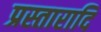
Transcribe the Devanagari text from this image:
प्रस्तारादि